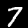
Label: 7